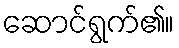
ဆောင်ရွက်၏။